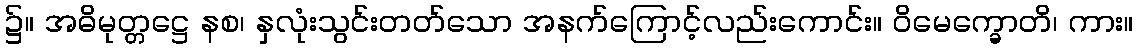
၌။ အဓိမုတ္တဋ္ဌေ နစ၊ နှလုံးသွင်းတတ်သော အနက်ကြောင့်လည်းကောင်း။ ဝိမေက္ခောတိ၊ ကား။